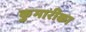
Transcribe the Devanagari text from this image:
कुमारीका